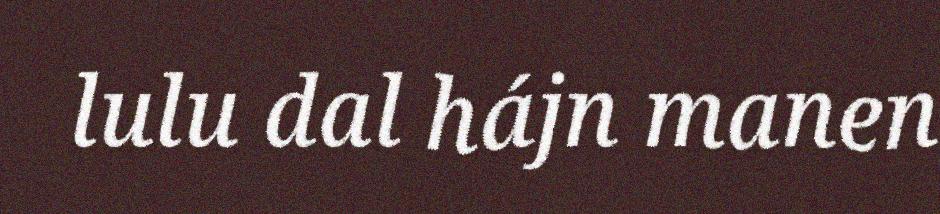
lulu dal hájn manen